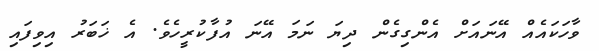
ވާހަކައެއް އޭނައަށް އެންގިގެން ދިޔަ ނަމަ އޭނަ އުފާކުރީހެވެ. އެ ޚަބަރު އިވިފައި